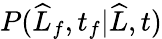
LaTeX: P(\widehat{L}_{f},t_{f}|\widehat{L},t)